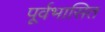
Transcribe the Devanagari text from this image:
पूर्वभासित